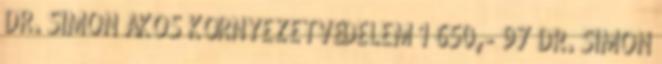
DR. SIMON ÁKOS KÖRNYEZETVÉDELEM 1 650,- 97 DR. SIMON